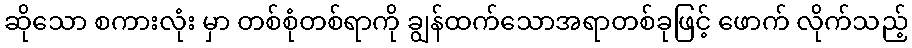
ဆိုသော စကားလုံး မှာ တစ်စုံတစ်ရာကို ချွန်ထက်သောအရာတစ်ခုဖြင့် ဖောက် လိုက်သည့်